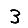
Digit: 3